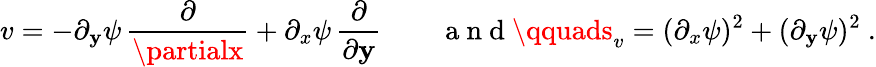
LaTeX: v=-\partial_{\mathbf{y}}\psi\, \frac{\partial}{{\partialx}}+\partial_{x}\psi\, \frac{\partial}{{\partial\mathbf{y}}}\qquad\mathrm{{~a~n~d~}}\qquads_{v}=(\partial_{x}\psi)^{2}+(\partial_{\mathbf{y}}\psi)^{2}\ .